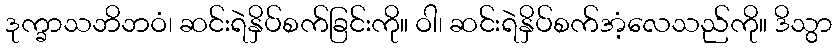
ဒုက္ခာသဘိဘဝံ၊ ဆင်းရဲနှိပ်စက်ခြင်းကို။ ဝါ၊ ဆင်းရဲနှိပ်စက်အံ့လေသည်ကို။ ဒိသွာ